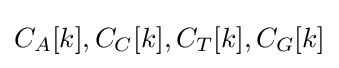
C_{A}[k],C_{C}[k],C_{T}[k],C_{G}[k]